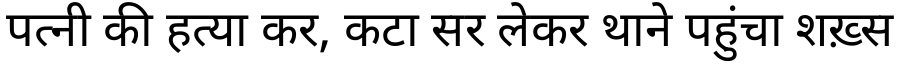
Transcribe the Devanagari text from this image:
पत्नी की हत्या कर, कटा सर लेकर थाने पहुंचा शख़्स